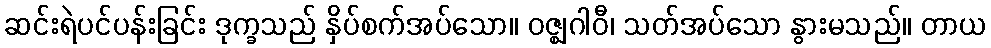
ဆင်းရဲပင်ပန်းခြင်း ဒုက္ခသည် နှိပ်စက်အပ်သော။ ဝဇ္ဈဂါဝီ၊ သတ်အပ်သော နွားမသည်။ တာယ